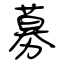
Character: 募